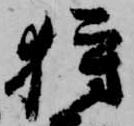
狩